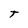
Character: t